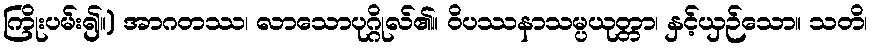
ကြိုးပမ်း၍။) အာဂတဿ၊ လာသောပုဂ္ဂိုလ်၏။ ဝိပဿနာသမ္ပယုတ္တာ၊ နှင့်ယှဉ်သော။ သတိ၊